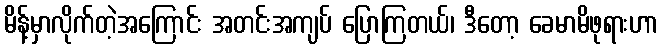
မိန့်မှာလိုက်တဲ့အကြောင်း အတင်းအကျပ် ပြောကြတယ်၊ ဒီတော့ ခေမာမိဖုရားဟာ